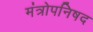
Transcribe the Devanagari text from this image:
मंत्रोपनिषद